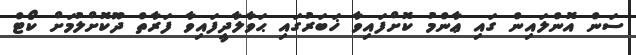
ސަން އޮންލައިން ގައި ޢާންމު ކޮށްފައިވާ ޚަބަރުގައި ޙަވާލާދީފައިވާ ފަރާތް ދޫކޮށްލުމަށް ކޯޓް